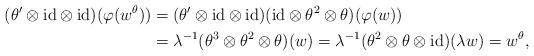
LaTeX: \begin{align*}(\theta' \otimes {\rm id} \otimes {\rm id})(\varphi(w^{\theta}))&=(\theta' \otimes {\rm id} \otimes {\rm id})({\rm id} \otimes \theta^{2} \otimes \theta)(\varphi(w)) \\&=\lambda^{-1}(\theta^{3} \otimes \theta^{2} \otimes \theta)(w) =\lambda^{-1}(\theta^{2} \otimes \theta \otimes {\rm id})(\lambda w)=w^{\theta},\end{align*}